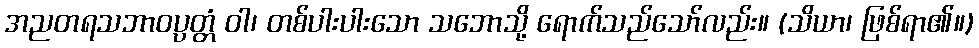
အညတရသဘာဝပ္ပတ္တံ ဝါ၊ တစ်ပါးပါးသော သဘောသို့ ရောက်သည်သော်လည်း။ (သိယာ၊ ဖြစ်ရာ၏။)